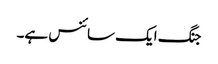
جنگ ایک سائنس ہے۔